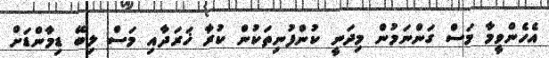
އެހެންވީމާ މަސް ގަންނަމުން މިދަނީ ކުންފުނިތަކުން ކުރާ ޚަރަދާއި މަސް ލިބޭ ޑިމާންޑަށް